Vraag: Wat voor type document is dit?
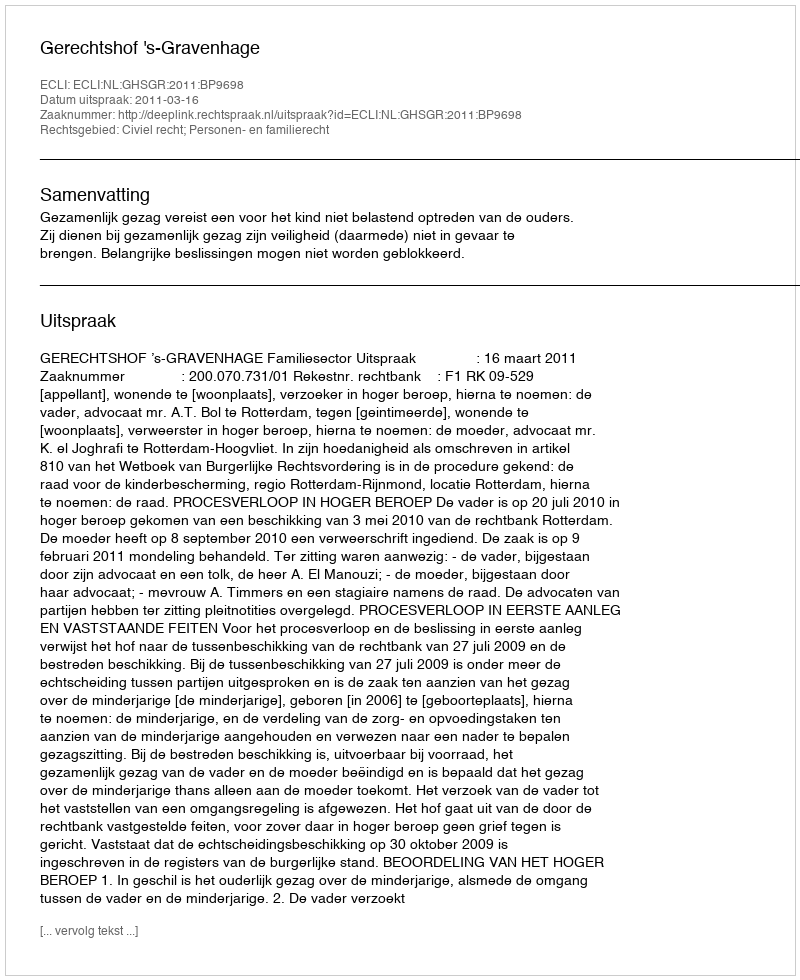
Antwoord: Uitspraak